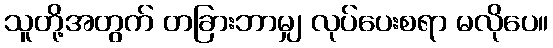
သူတို့အတွက် တခြားဘာမျှ လုပ်ပေးစရာ မလိုပေ။